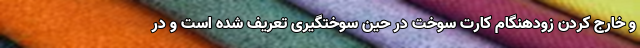
و خارج‌ کردن زودهنگام کارت سوخت در حین سوختگیری تعریف شده است و در